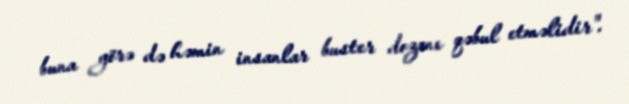
buna görə də həmin insanlar buster dozanı qəbul etməlidir".